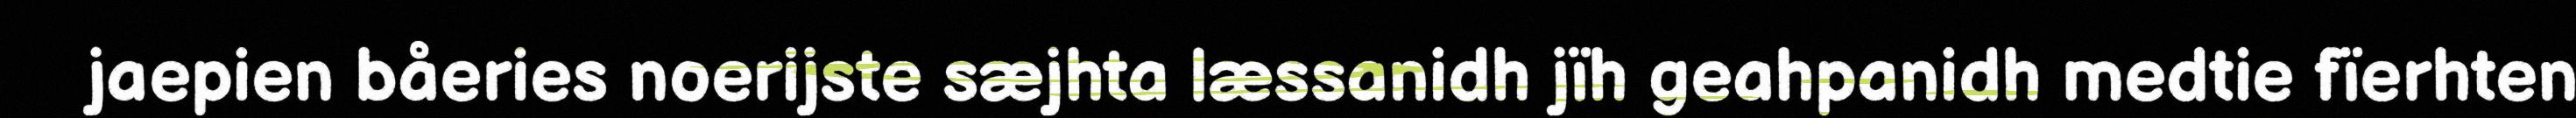
jaepien båeries noerijste sæjhta læssanidh jïh geahpanidh medtie fïerhten